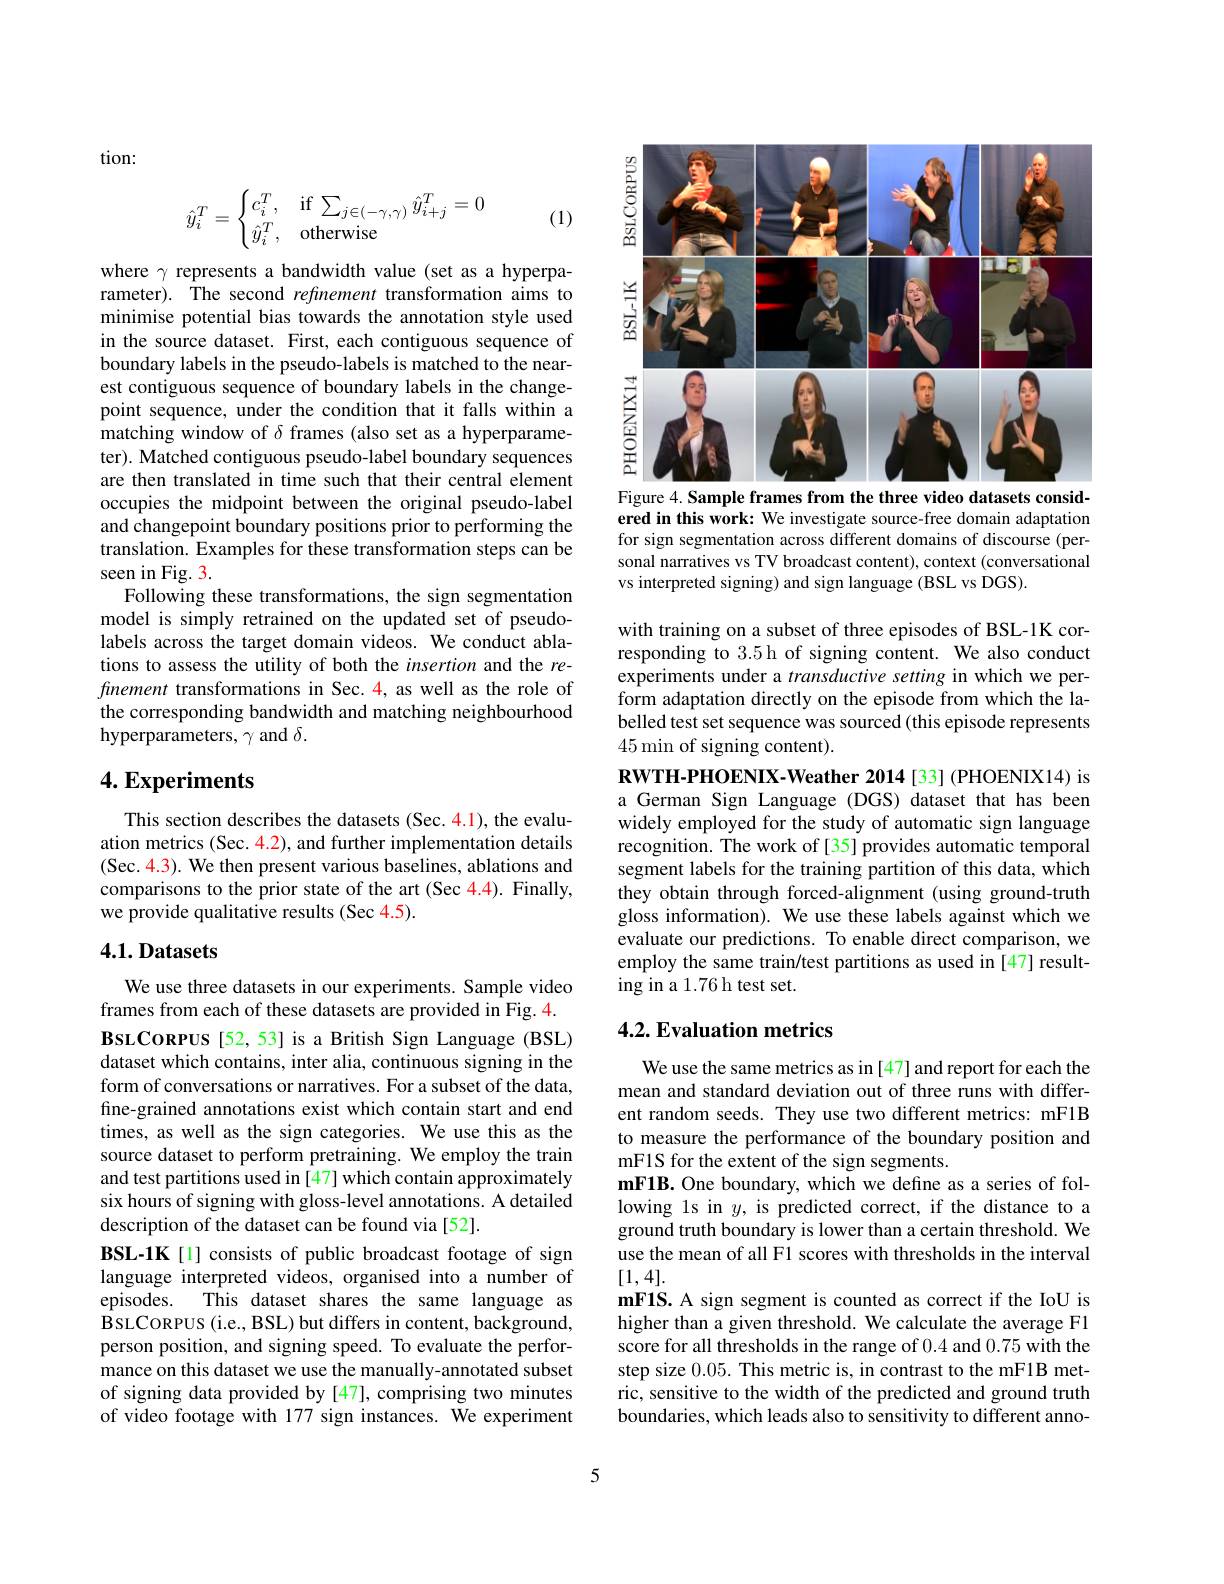
tion:

(1)
$$\hat{y}_i^T=\begin{cases}c_i^T,&\text{if}\sum_{j\in(-\gamma,\gamma)}\hat{y}_{i+j}^T=0\\\hat{y}_i^T,&\text{otherwise}\end{cases}$$
where $\gamma$ represents a bandwidth value (set as a hyperparameter). The second refinement transformation aims to minimise potential bias towards the annotation style used in the source dataset. First, each contiguous sequence of boundary labels in the pseudo-labels is matched to the nearest contiguous sequence of boundary labels in the changepoint sequence, under the condition that it falls within a $\hat{\text{matching window of }\delta}$frames(also set as a hyperparameter). Matched contiguous pseudo-label boundary sequences are then translated in time such that their central element occupies the midpoint between the original pseudo-label and changepoint boundary positions prior to performing the translation. Examples for these transformation steps can be seen in Fig. 3.
Following these transformations, the sign segmentation model is simply retrained on the updated set of pseudolabels across the target domain videos. We conduct ablations to assess the utility of both the insertion and the refinement transformations in Sec. 4, as well as the role of the corresponding bandwidth and matching neighbourhood hyperparameters, $\gamma$ and $\delta.$

## $4. \textbf{Experiments}$

This section describes the datasets (Sec. 4.1), the evaluation metrics (Sec. 4.2), and further implementation details (Sec. 4.3). We then present various baselines, ablations and comparisons to the prior state of the art (Sec 4.4). Finally, we provide qualitative results (Sec 4.5).

# 4.1. Datasets

We use three datasets in our experiments. Sample video frames from each of these datasets are provided in Fig. 4. BsLCoRPUS [52,53] is a British Sign Language (BSL) dataset which contains, inter alia, continuous signing in the form of conversations or narratives. For a subset of the data, fine-grained annotations exist which contain start and end times, as well as the sign categories. We use this as the source dataset to perform pretraining. We employ the train and test partitions used in [47] which contain approximately six hours of signing with gloss-level annotations. A detailed description of the dataset can be found via [52].
BSL-1K[1] consists of public broadcast footage of sign language interpreted videos, organised into a number of
This dataset shares the same language as
episodes.
BSLCORPUS (i.e., BSL) but differs in content, background, person position, and signing speed. To evaluate the performance on this dataset we use the manually-annotated subset of signing data provided by [47], comprising two minutes of video footage with 177 sign instances. We experiment

<FigureHere>
Figure 4. Sample frames from the three video datasets consid-

ered in this work: We investigate source-free domain adaptation for sign segmentation across different domains of discourse (personal narratives vs TV broadcast content), context (conversational vs interpreted signing) and sign language (BSL vs DGS).

with training on a subset of three episodes of BSL-1K corresponding to 3.5 h of signing content. We also conduct experiments under a $transductive\textit{setting in which we per- }$ form adaptation directly on the episode from which the labelled test set sequence was sourced (this episode represents 45min of signing content).

RWTH-PHOENIX-Weather 2014[33] (PHOENIX14) is a German Sign Language (DGS) dataset that has been widely employed for the study of automatic sign language recognition. The work of [35] provides automatic temporal segment labels for the training partition of this data, which they obtain through forced-alignment (using ground-truth gloss information). We use these labels against which we evaluate our predictions. To enable direct comparison, we employ the same train/test partitions as used in [47] resulting in a 1.76 h test set.

## 4.2. Evaluation metrics

We use the same metrics as in [47] and report for each the mean and standard deviation out of three runs with different random seeds. They use two different metrics: mF1B to measure the performance of the boundary position and mF1S for the extent of the sign segments.
mF1B. One boundary, which we define as a series of following 1s in $y$, is predicted correct, if the distance to a ground truth boundary is lower than a certain threshold. We use the mean of all F1 scores with thresholds in the interval [1,4].
mF1S. A sign segment is counted as correct if the IoU is higher than a given threshold. We calculate the average F1 score for all thresholds in the range of 0.4 and 0.75 with the step size 0.05. This metric is, in contrast to the mF1B metric, sensitive to the width of the predicted and ground truth boundaries, which leads also to sensitivity to different anno-

5